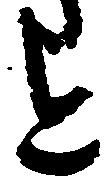
を